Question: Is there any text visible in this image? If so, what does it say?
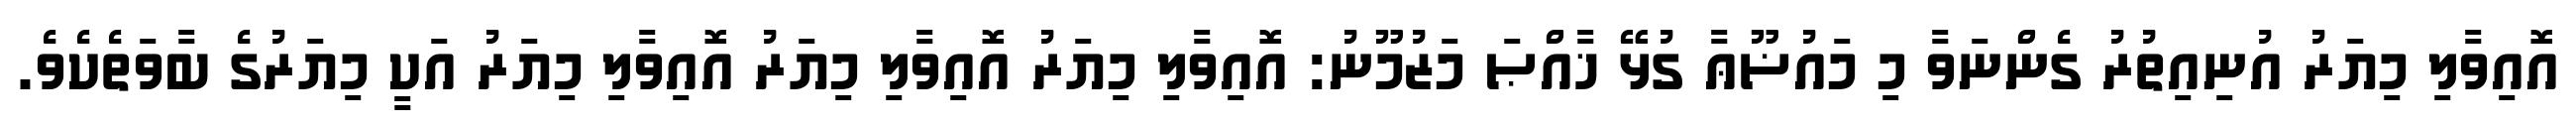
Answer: އޮއިވާލި މިޔަރު އުނިއިތުރު ގެންނަވާ މި މައުޟޫޢާ ގުޅޭ ޚާއްޞަ މަޒުމޫނު: އޮއިވާލި މިޔަރު އޮއިވާލި މިޔަރު އޮއިވާލި މިޔަރު އަކީ މިޔަރުގެ ބާވަތެކެވެ.